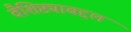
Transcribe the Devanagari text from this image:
वैशिष्ट्याबद्दल